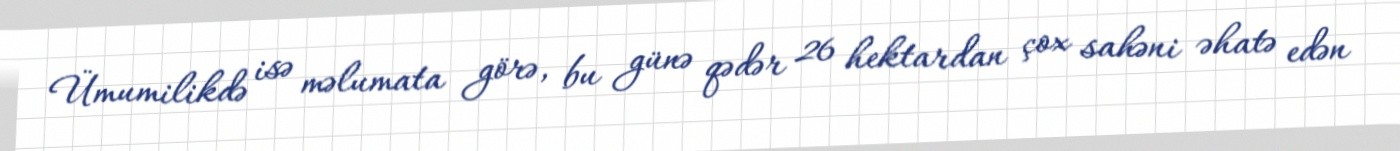
Ümumilikdə isə məlumata görə, bu günə qədər 26 hektardan çox sahəni əhatə edən